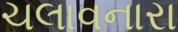
ચલાવનારા